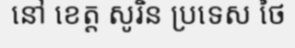
នៅ ខេត្ត សូរិន ប្រទេស ថៃ